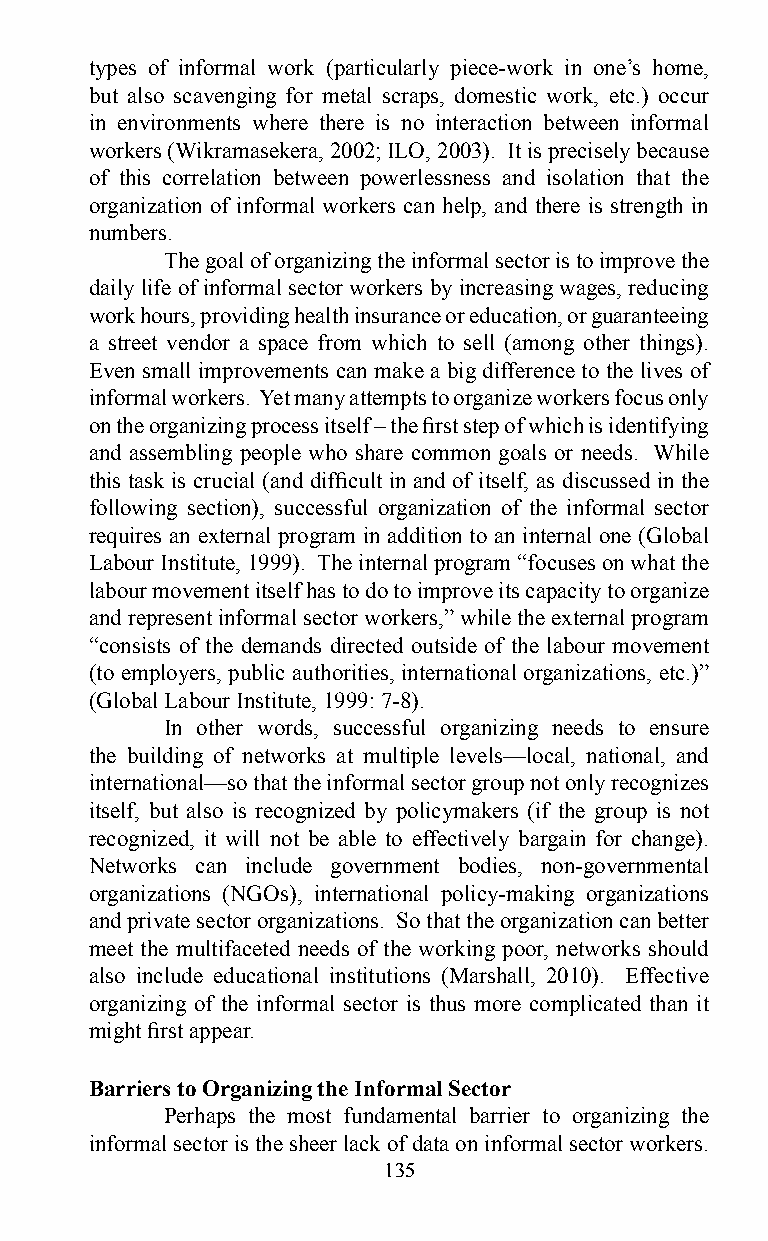
types of informal work (particularly piece-work in one’s home,
 but also scavenging for metal scraps, domestic work, etc.) occur
 in environments where there is no interaction between informal
 workers (Wikramasekera, 2002; ILO, 2003). It is precisely because
 of this correlation between powerlessness and isolation that the
 organization of informal workers can help, and there is strength in
 numbers.
 The goal of organizing the informal sector is to improve the
 daily life of informal sector workers by increasing wages, reducing
 work hours, providing health insurance or education, or guaranteeing
 a street vendor a space from which to sell (among other things).
 Even small improvements can make a big difference to the lives of
 informal workers. Yet many attempts to organize workers focus only
 on the organizing process itself – the first step of which is identifying
 and assembling people who share common goals or needs. While
 this task is crucial (and difficult in and of itself, as discussed in the
 following section), successful organization of the informal sector
 requires an external program in addition to an internal one (Global
 Labour Institute, 1999). The internal program “focuses on what the
 labour movement itself has to do to improve its capacity to organize
 and represent informal sector workers,” while the external program
 “consists of the demands directed outside of the labour movement
 (to employers, public authorities, international organizations, etc.)”
 (Global Labour Institute, 1999: 7-8).
 In other words, successful organizing needs to ensure
 the building of networks at multiple levels—local, national, and
 international—so that the informal sector group not only recognizes
 itself, but also is recognized by policymakers (if the group is not
 recognized, it will not be able to effectively bargain for change).
 Networks can include government bodies, non-governmental
 organizations (NGOs), international policy-making organizations
 and private sector organizations. So that the organization can better
 meet the multifaceted needs of the working poor, networks should
 also include educational institutions (Marshall, 2010). Effective
 organizing of the informal sector is thus more complicated than it
 might first appear.
 Barriers to Organizing the Informal Sector
 Perhaps the most fundamental barrier to organizing the
 informal sector is the sheer lack of data on informal sector workers.
 135